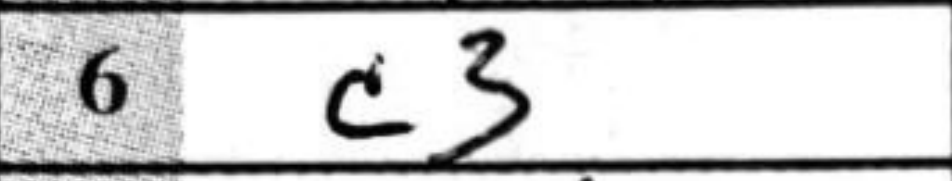
Transcription: c3